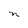
Character: n